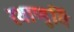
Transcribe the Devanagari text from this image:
स्थाणुवि